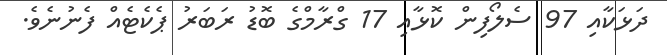
ދަޅަކާއި 97 ސެލޯފިން ކޮޅާއި 17 ގްރާމްގެ ބޮޑު ރަބަރު ޕެކެޓެއް ފެނުނެވެ.